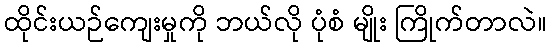
ထိုင်းယဉ်ကျေးမှုကို ဘယ်လို ပုံစံ မျိုး ကြိုက်တာလဲ။